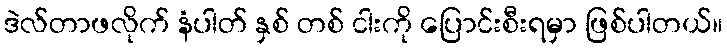
ဒဲလ်တာဖလိုက် နံပါတ် နှစ် တစ် ငါးကို ပြောင်းစီးရမှာ ဖြစ်ပါတယ်။